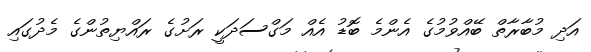
އަދި މުބާރާތް ބޭއްވުމުގެ އެންމެ ބޮޑު އެއް މަގްސަދަކީ ރަށުގެ ރައްޔިތުންގެ މެދުގައި